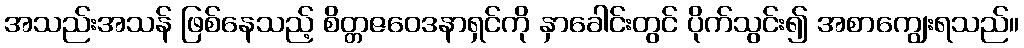
အသည်းအသန် ဖြစ်နေသည့် စိတ္တဇဝေဒနာရှင်ကို နှာခေါင်းတွင် ပိုက်သွင်း၍ အစာကျွေးရသည်။